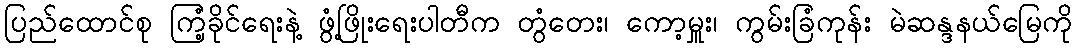
ပြည်ထောင်စု ကြံ့ခိုင်ရေးနဲ့ ဖွံ့ဖြိုးရေးပါတီက တွံတေး၊ ကော့မှူး၊ ကွမ်းခြံကုန်း မဲဆန္ဒနယ်မြေကို